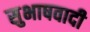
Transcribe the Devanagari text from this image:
सुभाषवादी